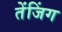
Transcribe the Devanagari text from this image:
तेंजिंग